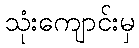
သုံးကျောင်းမှ